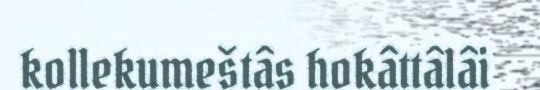
kollekumeštâs hokâttâlâi